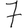
Digit: 7